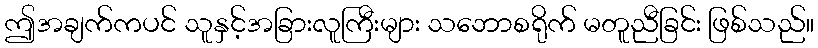
ဤအချက်ကပင် သူနှင့်အခြားလူကြီးများ သဘောစရိုက် မတူညီခြင်း ဖြစ်သည်။